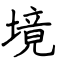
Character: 境